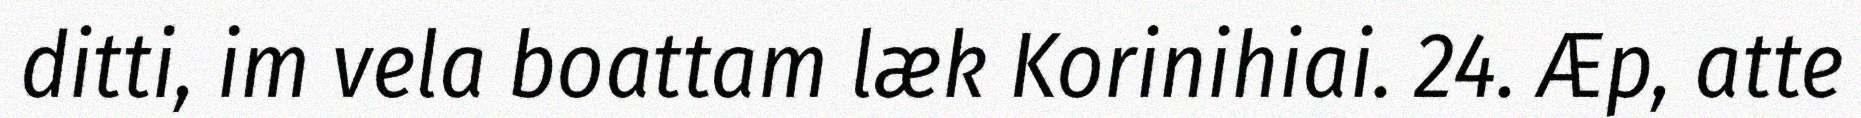
ditti, im vela boattam læk Korinihiai. 24. Æp, atte